Vital statistics of India. Vol. IV, Annual returns from 1871 to 1876. British Army of India, Native Army and jails of Bengal
Year: 1871
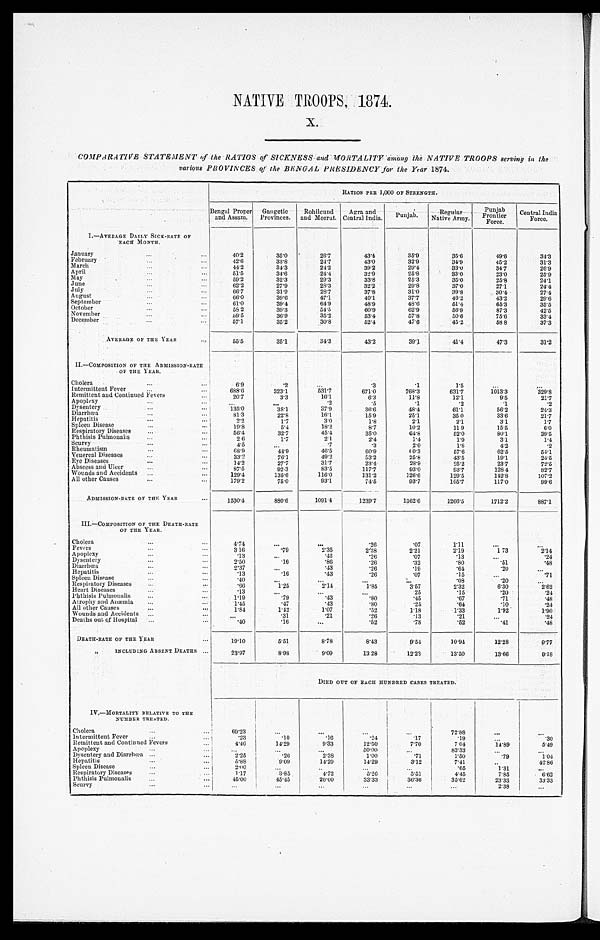
NATIVE TROOPS, 1874.
X.
COMPARATIVE STATEMENT of the RATIOS of SICKNESS and MORTALITY among the NATIVE TROOPS serving in the
various PROVINCES of the BENGAL PRESIDENCY for the Year 1874.
RATIOS PER 1,000 OF STRENGTH.
Bengal Proper
and Assam. Gangetic
Provinces Rohilcund
and Meerut. Agra and
Central India.
P u n j a b .
R e g u l a r
N a t i v e A r m y .
P u n j a b F r o n t i e r
F o r c e .
Central India
Force.
I. —AVERAGE DAILY SICK-RATE OF
E A C H M O N T H .
January
4 0 . 2
35.0
2 6 . 7
4 3 . 4
3 5 . 9
3 5 . 6
49.6
34.3
February
4 2 . 6
33.8
2 4 . 7
4 3 . 0
3 2 . 9
3 4 . 9
45. 2
31.3
March
4 4 . 2
34.3
2 4 . 2
3 9 . 2
2 9 . 4
3 3 . 0
34.7
26.9
April
5 1 . 5 34.6
2 4 . 4
3 2 . 9
2 5 . 8
3 3 . 0
2 3 . 0
25.9
May
5 9 . 2
32.3
2 9 . 3
3 3 . 8
2 5 . 3
3 5 . 0
2 5 . 8
24.1
June
6 2 . 2
27.9
2 8 . 3
3 2 . 2
2 9 . 8
3 7 . 0
27.1
24.4
July
6 6 . 7
31.9
2 8 . 7
3 7 . 8
3 1 . 0
39. 8
30. 4
27.4
August
6 6 . 0
39.6
4 7 . 1
4 0 . 1
3 7 . 7
4 6 . 2
43. 2
29.6
September
6 1 . 0
39.4
6 4 . 9
4 8 . 9
4 8 . 6
51. 4
6 5 . 3
35.5
October
5 8 . 2
39.3
5 4 . 5
6 0 . 9
6 2 . 9
56. 9
8 7 . 3
42.5
November
59. 5
36.9
3 5 . 2
5 3 . 4
5 7 . 8
5 0 . 6
75. 6
33.4
December
5 7 . 1
35.2
3 0 . 8
52. 4
4 7 . 6
4 5 . 2
58. 8
37.3
AVERAGE OF THE YEAR
5 5 . 5
35.1
3 4 . 3
4 3 . 2
3 9 . 1
4 1 . 4
4 7 . 3
31.2
II.—COMPOSITION OF THE ADMISSION-RATE
OF THE YEAR.
Cholera
6 . 9
.2
.3
.1
1 . 5
Intermittent Fever
688. 6
323. 1
531. 7
671. 0
768. 3
631. 7
1013. 3
3 2 9 . 8
Remittent and Continued Fevers
2 0 . 7
3 . 3
1 6 . 1
6 . 3
1 1 . 8
1 2 . 1
9 . 5
21.7
Apoplexy
.2
.5
.1
.2
.1
. 2
Dysentery
135. 0
3 8 . 1
3 7 . 9
3 6 . 6
4 8 . 4
6 1 . 1
56. 2
24.3
Diarrhœa
8 1 . 3
2 2 . 8
1 6 . 1
1 5 . 9
2 5 . 1
3 5 . 0
33. 6
21.7
Hepatitis
2 . 2
1 . 7
3 . 0
1 . 8
2 . 1
2 . 1
3 . 1
1.7
S p l e e n D i s e a s e
1 9 . 8
5 . 4
1 8 . 2
8 . 7
1 0 . 2
1 1 . 9
1 5 . 5
6.0
Respiratory Diseases
5 6 . 4
3 2 . 7
4 5 . 4
3 5 . 0
64. 8
5 2 . 0
8 0 . 1
39.5
Phthisis Pulmonalis
2 . 6
1 . 7
2. 1
2 . 4
1 . 4
1 . 9
3 . 1
1.4
Scurvy
4 . 5
.7
.3
2 . 0
1 . 8
4 . 2
. 2
Rheumatism
6 8 . 9
4 4 . 9
4 6 . 5
60. 9
60. 3
5 7 . 6
6 2 . 5
5 4 . 1
Venereal Diseases
3 3 . 2
7 6 . 1
4 9 . 2
5 3 . 2
2 5 . 8
4 3 . 5
1 9 . 1
24.5
Eye Diseases
1 4 . 2
2 7 . 7
3 1 . 7
23.4
2 8 . 9
2 5 . 2
2 3 . 7
72.5
Abscess and Ulcer
8 7 . 5
92.3
8 3 . 5
117. 7
9 3 . 0
9 3 . 7
128. 4
82.7
Wounds and Accidents
129. 4
135. 6
116. 0
131. 2
126. 6
129. 5
142. 8
107.2
All other Causes
179. 2
7 5 . 0
9 3 . 1
7 4 . 5
9 3 . 7
105. 7
117. 0
99.6
ADMISSION-RATE OF THE YEAR 1530. 4
880. 6
1091. 4
1239. 7
1362. 6
1266. 5
1712. 2
887.1
III. —COMPOSITION OF THE DEATH-RATE
OF THE YEAR.
Cholera
4 . 7 4
.26
.07
1 . 1 1
Fevers
3 . 1 6
.79
2 . 3 5
2 . 3 8
2 . 2 1
2 . 1 9
1 . 7 3
2.14
Apoplexy
.13
.43
.26
.07
.13
. 2 4
Dysentery
2 . 5 0
.16
.86
.26
.32
.80
.51
. 4 8
Diarrhœa
2 . 3 7
.43
.26
.19
.64
.20
Hepatitis
.13
.16
.43
.26
.07
.15
. 7 1
Spleen Disease
.40
.08
.20
Respiratory Diseases
.66
1 . 2 5
2 . 1 4
1.85
3 . 5 7
2 . 3 2
6 . 3 0
2.62
Heart Diseases
.13
. 2 5
.15
.20
. 2 4
Phthisis Pulmonalis
1.19
.79
.43
.80
.45
.67
.71
. 4 8
Atrophy and Anæmia
1.45
.47
.43
.80
. 2 5
.64
.10
. 2 4
All other Causes
1 . 8 4
1.42
1 . 0 7
.52
1.18
1 . 3 3
1 . 9 2
1.90
Wounds and Accidents
.31
.21
.26
.13
.21
. 2 4
Deaths out of Hospital
. 4 0
.16
.52
.78
.52
.41
. 4 8
DEATH-RATE OF THE YEAR
19. 10
5 . 5 1
8 . 7 8
8. 43
9. 54
10. 94
12. 28
9.77
" INCLUDING ABSENT DEATHS
23. 97
8 . 9 8
9 . 0 9
13. 28
12. 23
13. 50
13. 66
9.18
DIED OUT OF EACH HUNDRED CASES TREATED.
IV. —MORTALITY RELATIVE TO THE
NUMBER TREATED.
Cholera
69. 23
72. 88
Intermittent Fever
.23
.10
.16
.24
.17
.19
. 3 0
Remittent and Continued Fevers
4 . 4 6
14. 29
9 . 3 3
12. 50
7. 70
7. 04
14. 89
5.49
Apoplexy
50. 00
83. 33
Dysentery and Diarrhœa
2 . 2 5
.26
2. 38
1. 00
.71
1.50
. 7 9
1.04
Hepatitis
5 . 8 8
9 . 0 9
14. 29
14. 29
3. 12
7 . 4 1
42.86
Spleen Disease
2 . 0 0
.65
1.31
Respiratory Diseases
1.17
3 . 8 5
4. 72
5. 26
5. 51
4. 45
7 . 8 5
6.62
Phthisis Pulmonalis
45.00
45. 45
20. 00
33. 33
36. 36
35. 62
23. 33 33.33
Scurvy
2 . 3 8